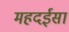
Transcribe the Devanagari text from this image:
महदईसा